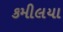
કમીલયા